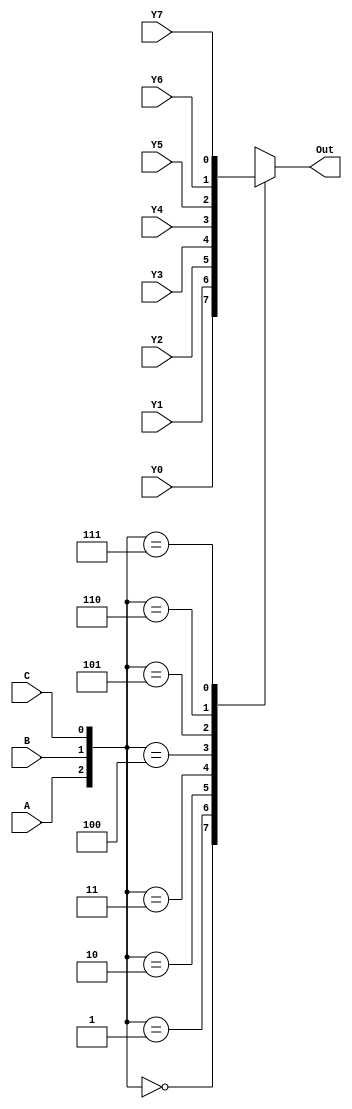
module mux_8(
    input A,
    input B,
    input C,
    input Y0,
    input Y1,
    input Y2,
    input Y3,
    input Y4,
    input Y5,
    input Y6,
    input Y7,
    output Out
    );
    reg Out;
    always@(A or B or C or Y0 or Y1 or Y2 or Y3 or Y4 or Y5 or Y6 or Y7)
    begin
        case({A, B, C})
        3'b000:Out = Y0;
        3'b001:Out = Y1;
        3'b010:Out = Y2;
        3'b011:Out = Y3;
        3'b100:Out = Y4;
        3'b101:Out = Y5;
        3'b110:Out = Y6;
        3'b111:Out = Y7;
        endcase
    end
endmodule